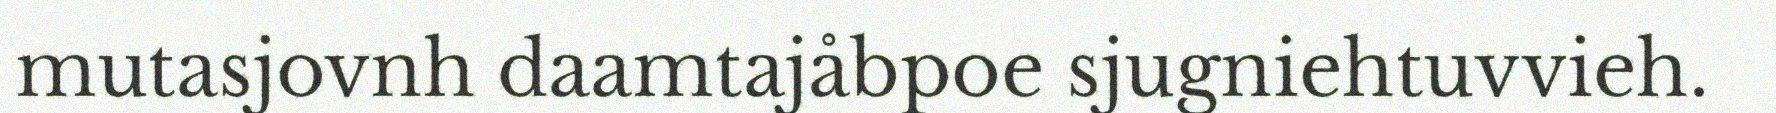
mutasjovnh daamtajåbpoe sjugniehtuvvieh.